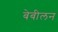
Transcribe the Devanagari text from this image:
बेबीलन